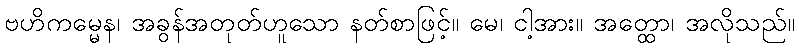
ဗဟိကမ္မေန၊ အခွန်အတုတ်ဟူသော နတ်စာဖြင့်။ မေ၊ ငါ့အား။ အတ္ထော၊ အလိုသည်။